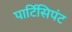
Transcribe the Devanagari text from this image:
पार्टिसिपंट